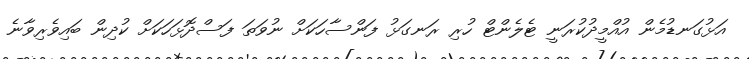
އަޅުގަނޑުމެން އުއްމީދުކުރަނީ ޓެލެންޓް ހުރި ރަނގަޅު ފަންސާހަކަށް ނުވަތަ ފަސްދޮޅަހަކަށް ކުދިން ބައިވެރިވާނެ